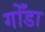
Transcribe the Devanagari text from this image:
गोँडा